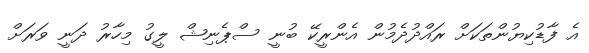
އެ ފާޑުކިޔުންތަކަށް ރައްދުދެމުން އެންރީކޭ ބުނީ ސްޕެނިޝް ލީގު މިހާރު ދަނީ ވަރަށް